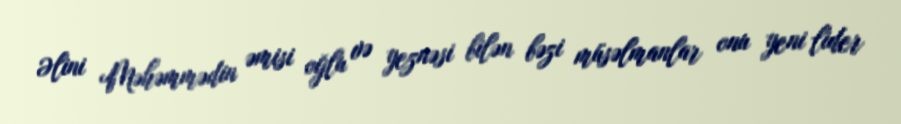
Əlini Məhəmmədin əmisi oğlu və yeznəsi bilən bəzi müsəlmanlar onu yeni lider